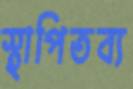
স্থাপিতব্য